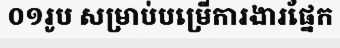
០១រូប សម្រាប់បម្រើការងារផ្នែក